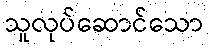
သူလုပ်ဆောင်သော